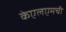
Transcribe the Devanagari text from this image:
केएलएमची